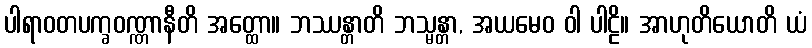
ပါရာဝတပက္ခဝဏ္ဏာနီတိ အတ္ထော။ ဘဿန္တာတိ ဘသ္မန္တာ, အယမေဝ ဝါ ပါဠိ။ အာဟုတိယောတိ ယံ